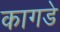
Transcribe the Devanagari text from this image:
कागडे